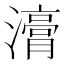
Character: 𭳇